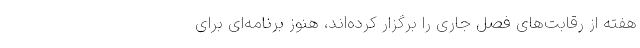
هفته از رقابت‌های فصل جاری را برگزار کرده‌اند، هنوز برنامه‌ای برای